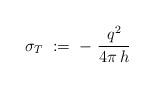
LaTeX: \begin{align*}\sigma_T \;:=\; -~\frac{q^2}{4\pi\,h}\end{align*}